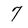
Character: 7